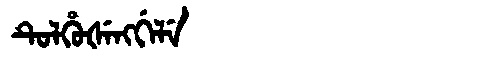
Manchu: ᡨᡠᠯᡥᡠᡧᡝᠩᡤᡝᠯᡝ
Romanization: TULHUŠENGGELE